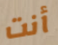
أنت